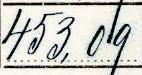
453,09